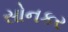
સોનકર